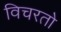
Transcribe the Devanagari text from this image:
विचरतो